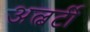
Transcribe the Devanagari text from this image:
अल्बर्टी